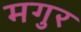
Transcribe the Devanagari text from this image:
मगुर